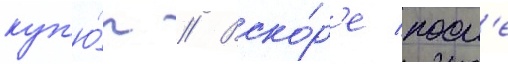
куп'ю́р // Вско́р'е посл'е